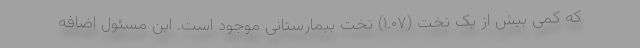
که کمی بیش از یک تخت (۱.۰۷) تخت بیمارستانی موجود است. این مسئول اضافه